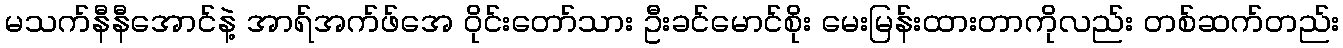
မသက်နီနီအောင်နဲ့ အာရ်အက်ဖ်အေ ဝိုင်းတော်သား ဦးခင်မောင်စိုး မေးမြန်းထားတာကိုလည်း တစ်ဆက်တည်း